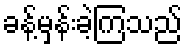
ခန့်မှန်းခဲ့ကြသည်